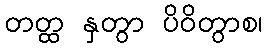
တတ္ထ နှတွာ ပိဝိတွာစ၊